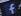
f